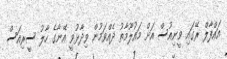
އައްފާލް ރޭގައި ވީނިއުސް އަށް މައުލޫމާތު ދެއްވަމުން ވިދާޅުވީ އޭނާގެ ހާލު ސީރިއަސް